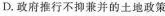
D.政府推行不抑兼并的土地政策